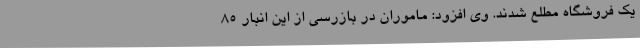
یک فروشگاه مطلع شدند. وی افزود: ماموران در بازرسی از این انبار 85